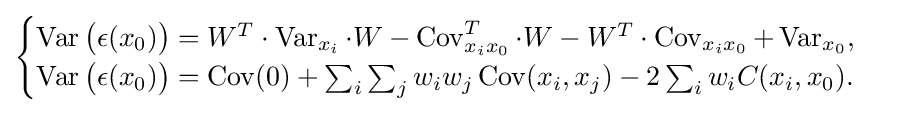
{\begin{cases}\operatorname {Var} {\big (}\epsilon (x_{0}){\big )}=W^{T}\cdot \operatorname {Var} _{x_{i}}\cdot W-\operatorname {Cov} _{x_{i}x_{0}}^{T}\cdot W-W^{T}\cdot \operatorname {Cov} _{x_{i}x_{0}}+\operatorname {Var} _{x_{0}},\\\operatorname {Var} {\big (}\epsilon (x_{0}){\big )}=\operatorname {Cov} (0)+\sum _{i}\sum _{j}w_{i}w_{j}\operatorname {Cov} (x_{i},x_{j})-2\sum _{i}w_{i}C(x_{i},x_{0}).\end{cases}}